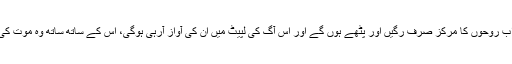
ان کی ہڈیاں گوشت سے خالی ہوجائیں گی اور اب روحوں کا مرکز صرف رگیں اور پٹھے ہوں گے اور اس آگ کی لپیٹ میں ان کی آواز آرہی ہوگی، اس کے ساتھ ساتھ وہ موت کی تمنا کریں گے لیکن ان کو موت نہیں آئے گی۔